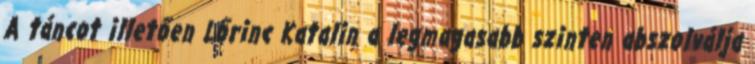
A táncot illetően Lőrinc Katalin a legmagasabb szinten abszolválja